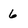
Character: 6